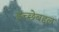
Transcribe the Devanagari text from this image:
इच्छेबद्दल